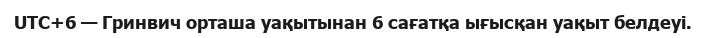
UTC+6 — Гринвич орташа уақытынан 6 сағатқа ығысқан уақыт белдеуі.